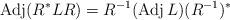
LaTeX: \begin{align*}\operatorname{Adj}(R^*LR)=R^{-1}(\operatorname{Adj}L)(R^{-1})^*\end{align*}